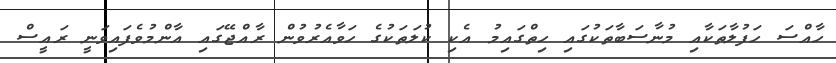
ހާއްސަ ހަފުލާތަކާއި މުނާސަބާތަކުގައި ހިތްގައިމު އެކި ކުލަތަކުގެ ހަވާއެރުވުން ރާއްޖޭގައި އާންމުވެފައިވަނީ ރައީސް